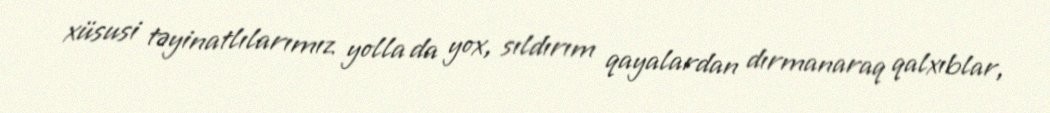
xüsusi təyinatlılarımız yolla da yox, sıldırım qayalardan dırmanaraq qalxıblar,